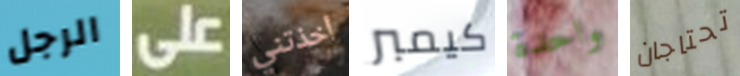
الرجل على أخذتني كيمبر واحدة تحتاجان